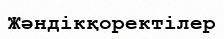
Жәндікқоректілер